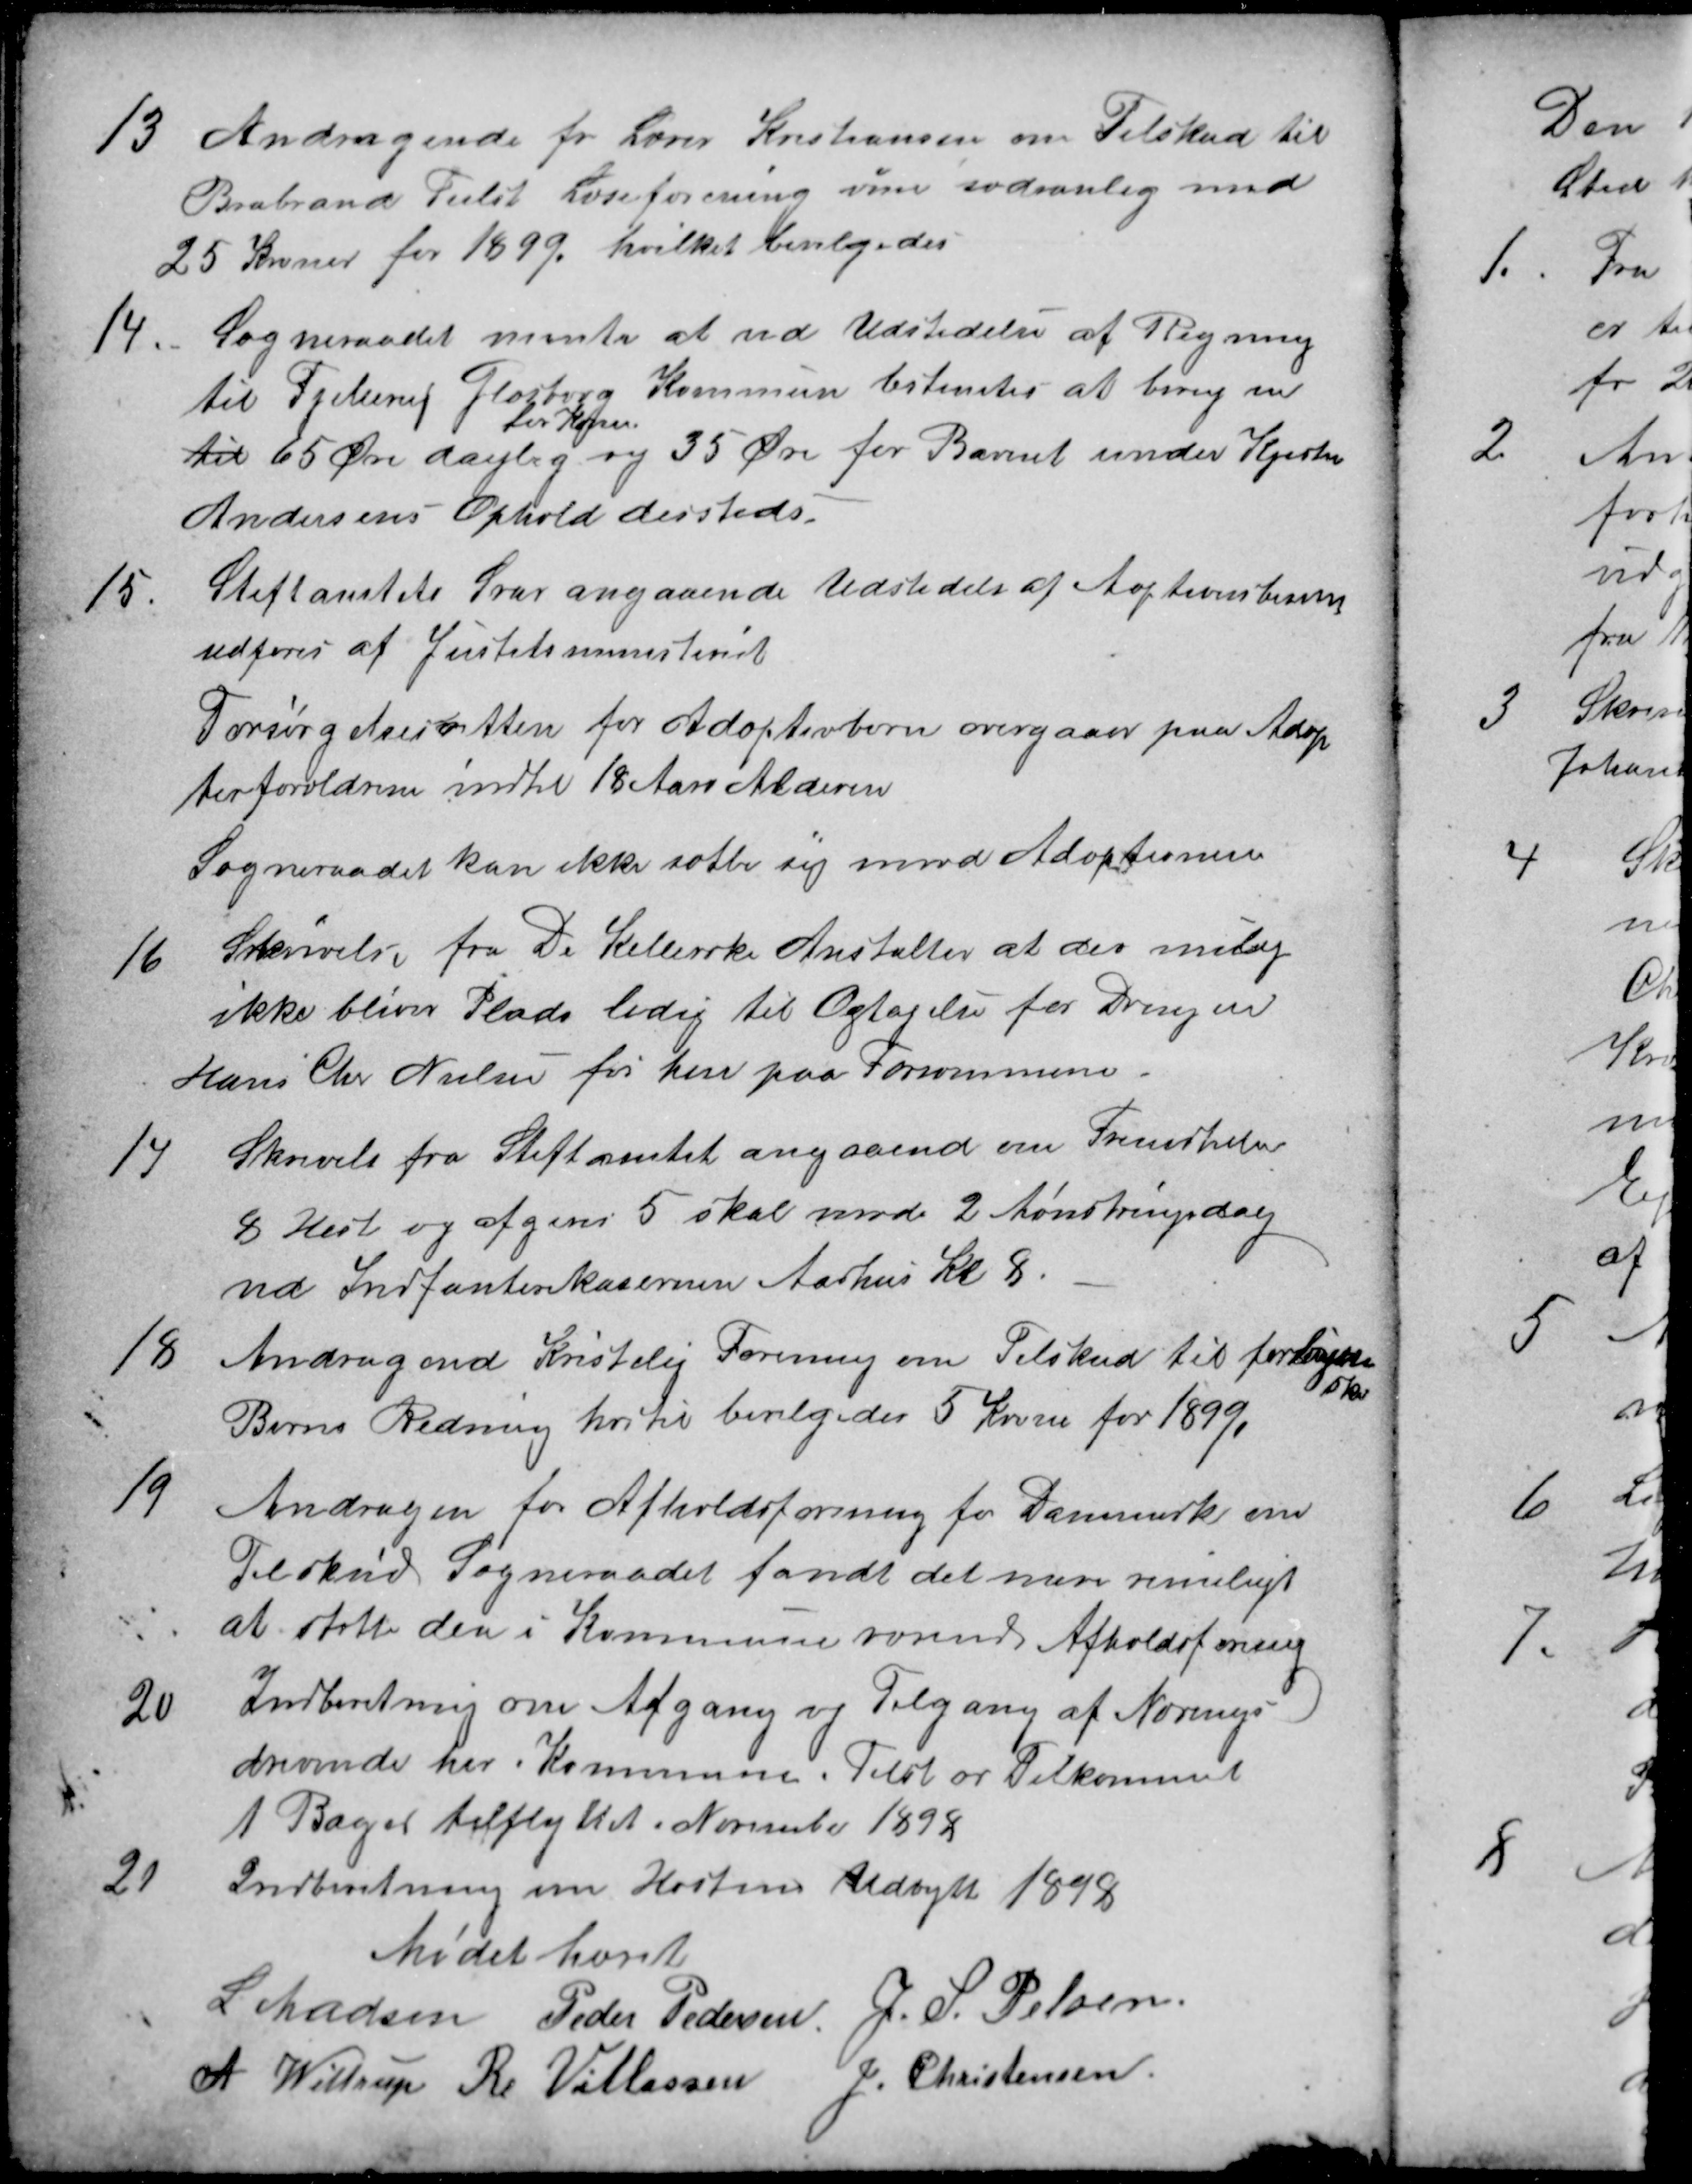
Transskription:
13
Andragende fr Lærer Kristiansen om Tilskud til
Brabrand Tiilst Læseforening som sædvanlig med
25 Kroner for 1899, hvilket bevilgedes
14.
Sogneraadet mente at ved Udstedelse af Regning
til Fjellerup Glæsborg Kommune bestemtes at bereg en
til 65 Øre daglig
for Konen
og 35 Øre for Barnet under Kjersten
Andersens Ophold dersteds.
15.
Stiftamtets Svar angaaende Udstedelse af Aoptionsbevis
udføres af Justitsministeriet
Forsørgelsesretten for Adoptivbørn overgaaer paa Adop
tivforældrene indtil 18 Aars Alderen
Sogneraadet kan ikke sætte sig imod Adoptionen
16
Sskrivelse fra De Kellerske Anstalter at der mulig
ikke bliver Plads ledig til Optagelse for Drengen
Hans Chr Nielsen - før hen paa Forsommeren.
17
Skrivelse fra Stiftamtet angaaende om Fremdele
8 Heste og afgives 5 skal møde 2 Mønstringsdag
ved Indfanterikasernen Aarhus Kl 8.
18
Andragend Kristelig Forening om Tilskud til forliste
5 kr
Børns Redning hertil bevilgedes 5 Kroner for 1899,
19
Andragen for Afholdsforening for Danmark om
Tilskud Sogneraadet fandt det mere rimeligt
at støtte den i Kommune værende Afholdsforening
20
Indberetning om Afgang og Tilgang af Nærings-
drivende her i Kommune i Tilst er Tilkommet
1 Bager tilflyttet i November 1898
21
Indberetning om Høstens Udbytte 1898
Mødet hævet
L Madsen
Peder Pedersen
J.S. Pelsen
A Wittrup
R Villassen
J. Christensen